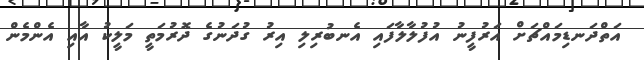
އަތްދަނޑިމައްޗަށް އަރުފީނު އުފުލާލާފައި އެނބުރިލި އިރު ގުދަނުގެ ދޮރުމަތީ މަލީކު އާއި އެންމެން